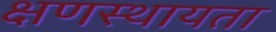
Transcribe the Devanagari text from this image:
क्षणस्थायता